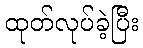
ထုတ်လုပ်ခဲ့ပြီး